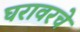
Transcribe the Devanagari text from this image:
घरावरचे